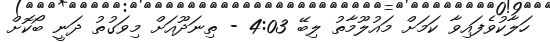
ހަލާކުވެފައިވާ ކަމަށް މައުލޫމާތު ލިބޭ 4:03 - ތިނަދޫއަށް މިވަގުތު ދަނީ ބޯކޮށް